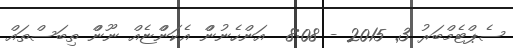
ސެޕްޓެމްބަރު 3